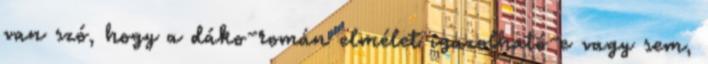
van szó, hogy a dáko-román elmélet igazolható-e vagy sem,